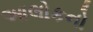
આલોકનો